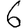
Digit: 6